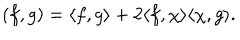
( f , g ) = \langle f , g \rangle + 2 \langle f , \chi \rangle \langle \chi , g \rangle .